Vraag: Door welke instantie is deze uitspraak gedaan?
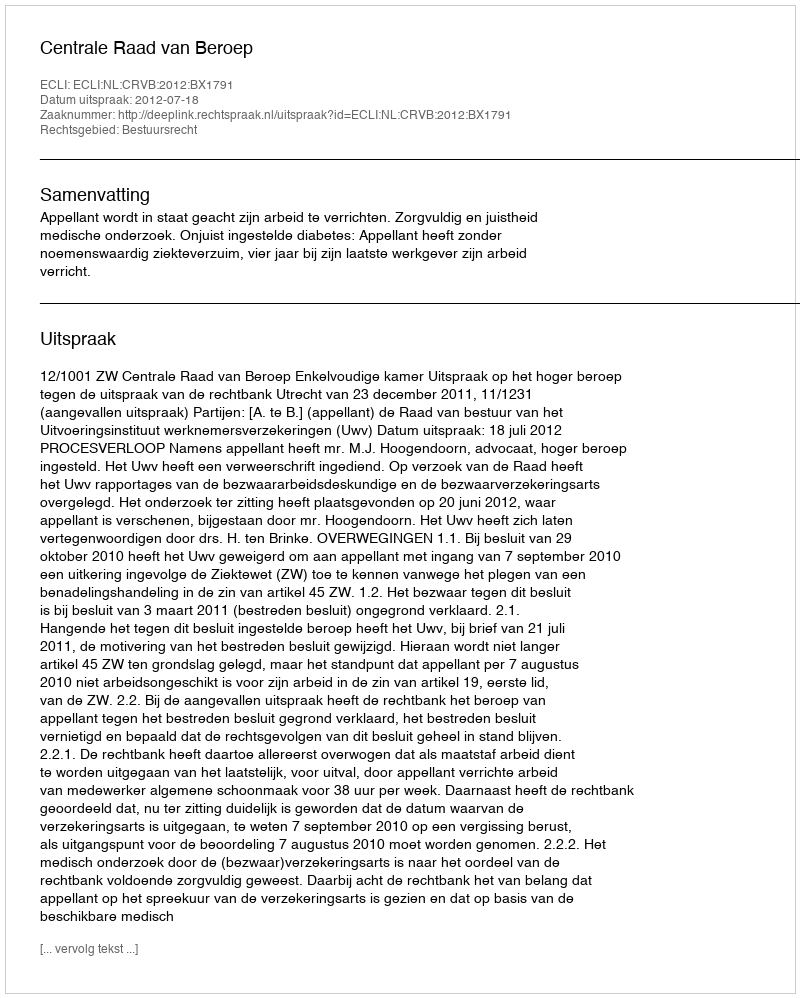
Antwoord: Centrale Raad van Beroep